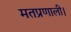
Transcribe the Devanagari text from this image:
मतप्रणाली।